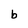
Character: b